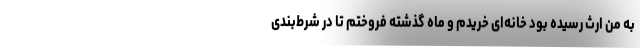
به من ارث رسیده بود خانه‌ای خریدم و ماه گذشته فروختم تا در شرط‌بندی